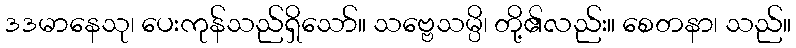
ဒဒမာနေသု၊ ပေးကုန်သည်ရှိသော်။ သဗ္ဗေသမ္ပိ၊ တို့၏လည်း။ စေတနာ၊ သည်။